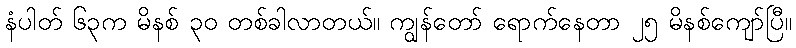
နံပါတ် ၆၃က မိနစ် ၃၀ တစ်ခါလာတယ်။ ကျွန်တော် ရောက်နေတာ ၂၅ မိနစ်ကျော်ပြီ။